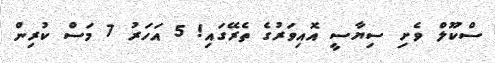
ސްކޫލް ވެށި ސިޔާސީ އޮއިވަރުގެ ތެރޭގައި! 5 އަހަރު 7 މަސް ކުރިން